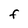
Character: F